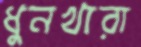
ধুনখারা